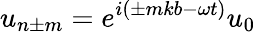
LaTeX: u_{n\pm m}=e^{i(\pm mkb-\omega t)}u_{0}